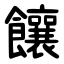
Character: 饟